Calcutta medical institutions reports 1871-78
Year: 1871
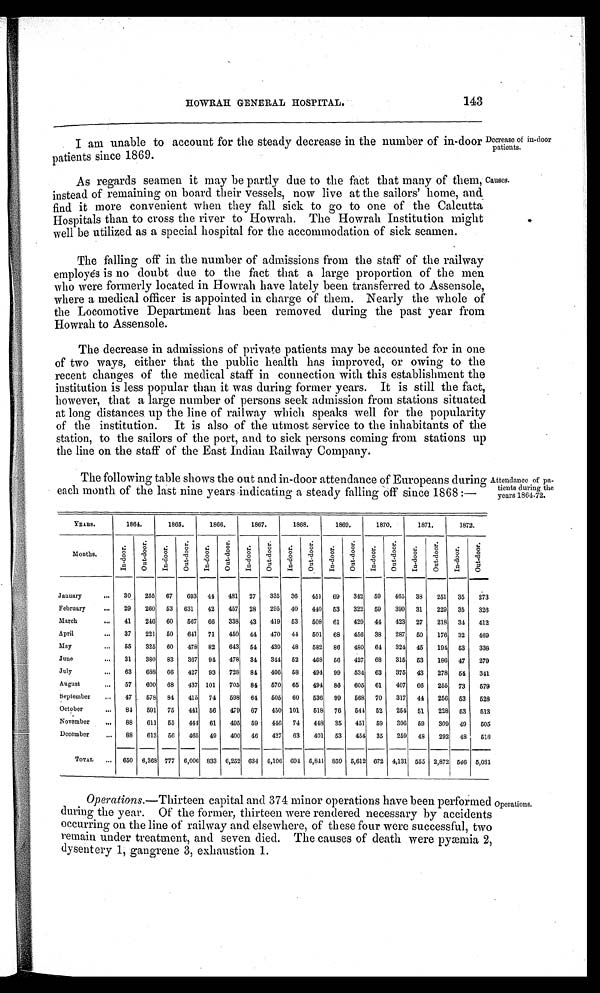
HOWRAH GENERAL HOSPITAL.
143
I am unable to account for the steady decrease in the number of in-door
patients since 1869.
Decrease of in-door patients.
As regards seamen it may be partly due to the fact that many of them,
instead of remaining on board their vessels, now live at the sailors' home, and
find it more convenient when they fall sick to go to one of the Calcutta
Hospitals than to cross the river to Howrah. The Howrah Institution might
well be utilized as a special hospital for the accommodation of sick seamen.
Causes.
The falling off in the number of admissions from the staff of the railway
employés is no doubt due to the fact that a large proportion of the men
who were formerly located in Howrah have lately been transferred to Assensole,
where a medical officer is appointed in charge of them. Nearly the whole of
the Locomotive Department has been removed during the past year from
Howrah to Assensole.
The decrease in admissions of private patients may be accounted for in one
of two ways, either that the public health has improved, or owing to the
recent changes of the medical staff in connection with this establishment the
institution is less popular than it was during former years. It is still the fact,
however, that a large number of persons seek admission from stations situated
at long distances up the line of railway which speaks well for the popularity
of the institution. It is also of the utmost service to the inhabitants of the
station, to the sailors of the port, and to sick persons coming from. stations up
the line on the staff of the East Indian Railway Company.
The following table shows the out and in-door attendance of Europeans durin
g
each month of the last nine years indicating a steady falling off since 1868 :—
A t t e n d a n c e o f p a t i e n t s d u r i n g t h e y e a r s 1 8 6 4 - 7 2 .
YEARS.
1864.
1865.
1866.
1867.
1868.
1869.
1870.
1871.
1872.
Months.
I n - d o o r .
O u t - d o o r .
I n - d o o r .
O u t - d o o r .
I n - d o o r .
O u t - d o o r .
I n - d o o r .
O u t - d o o r .
I n- door .
O u t - d o o r .
I n - d o o r .
O u t - d o o r .
I n - d o o r .
O u t - d o o r .
I n - d o o r .
O u t - d o o r .
I n - d o o r .
O u t - d o o r .
January
30
255
67
693
44
481
27
335
36
451
69
342
59
465
38
251
35
273
February
29
260
53
631
42
457
28
295
40
440
53
322
59
399
31
229
35
326
March
41
246
60
567
66
338
43
419
53
508
61
429
44
423
27
218
34
412
April
37
221
50
641
71
450
44
470
44
501
68
456
38
287
50
176
32
469
May
55
325
60
478
82
643
54
439
48
582
86
480
64
324
45
194
53
338
June
31
380
83
367
94
478
34
344
52
468
56
427
68
315
53
186
47
279
July
63
688
66
427
93
728
84
406
5 8
494
99
534
63
375
43
278
54
341
August
57
600
68
437 101
705
84
570
65
494
86
605
61
407
66
255
73
579
September
47
578 84
415
74
598
64
505
60
536
99
568
70
317
44
256
53
528
October
84
591
75
441
56
479
67
450 101
518
76
544
52
254
51
228
53
513
November
88
611
55
444
61
495
59
446
74
448
35
451
59
306
59
309
49
505
December
88
613
56
465
49
400
46
427
63
401
53
454
35
259
48
292
48
518
TOTAL
650 6,368 777 6,006 833 6,252 634 5,106 694 5,841 859 5,612 672 4,131 555 2,872 566 5,081
Operations.—Thirteen capital and 374 minor operations have been performed
during the year. Of the former, thirteen were rendered necessary by accidents
occurring on the line of railway and elsewhere, of these four were successful, two
remain under treatment, and seven died. The causes of death were pyæmia 2,
dysentery 1, gangrene 3, exhaustion 1.
Operations.